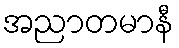
အညာတမာနီ